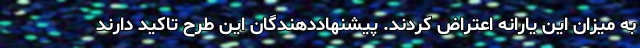
به میزان این یارانه اعتراض کردند. پیشنهاددهندگان این طرح تاکید دارند